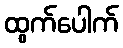
ထွက်ပေါက်